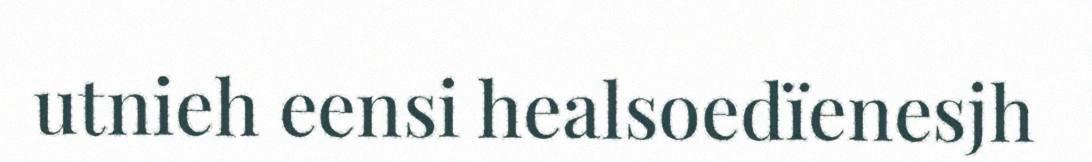
utnieh eensi healsoedïenesjh